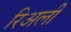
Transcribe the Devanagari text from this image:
रिअली